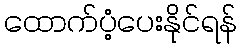
ထောက်ပံ့ပေးနိုင်ရန်